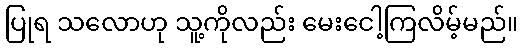
ပြုရ သလောဟု သူ့ကိုလည်း မေးငေါ့ကြလိမ့်မည်။